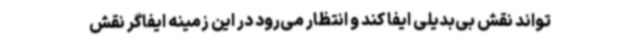
‌تواند نقش بی‌بدیلی ایفا کند و انتظار می‌رود در این زمینه ایفاگر نقش‌